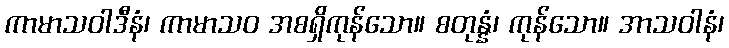
ကာမာသဝါဒီနံ၊ ကာမာသဝ အစရှိကုန်သော။ စတုန္နံ၊ ကုန်သော။ အာသဝါနံ၊